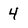
Character: 4